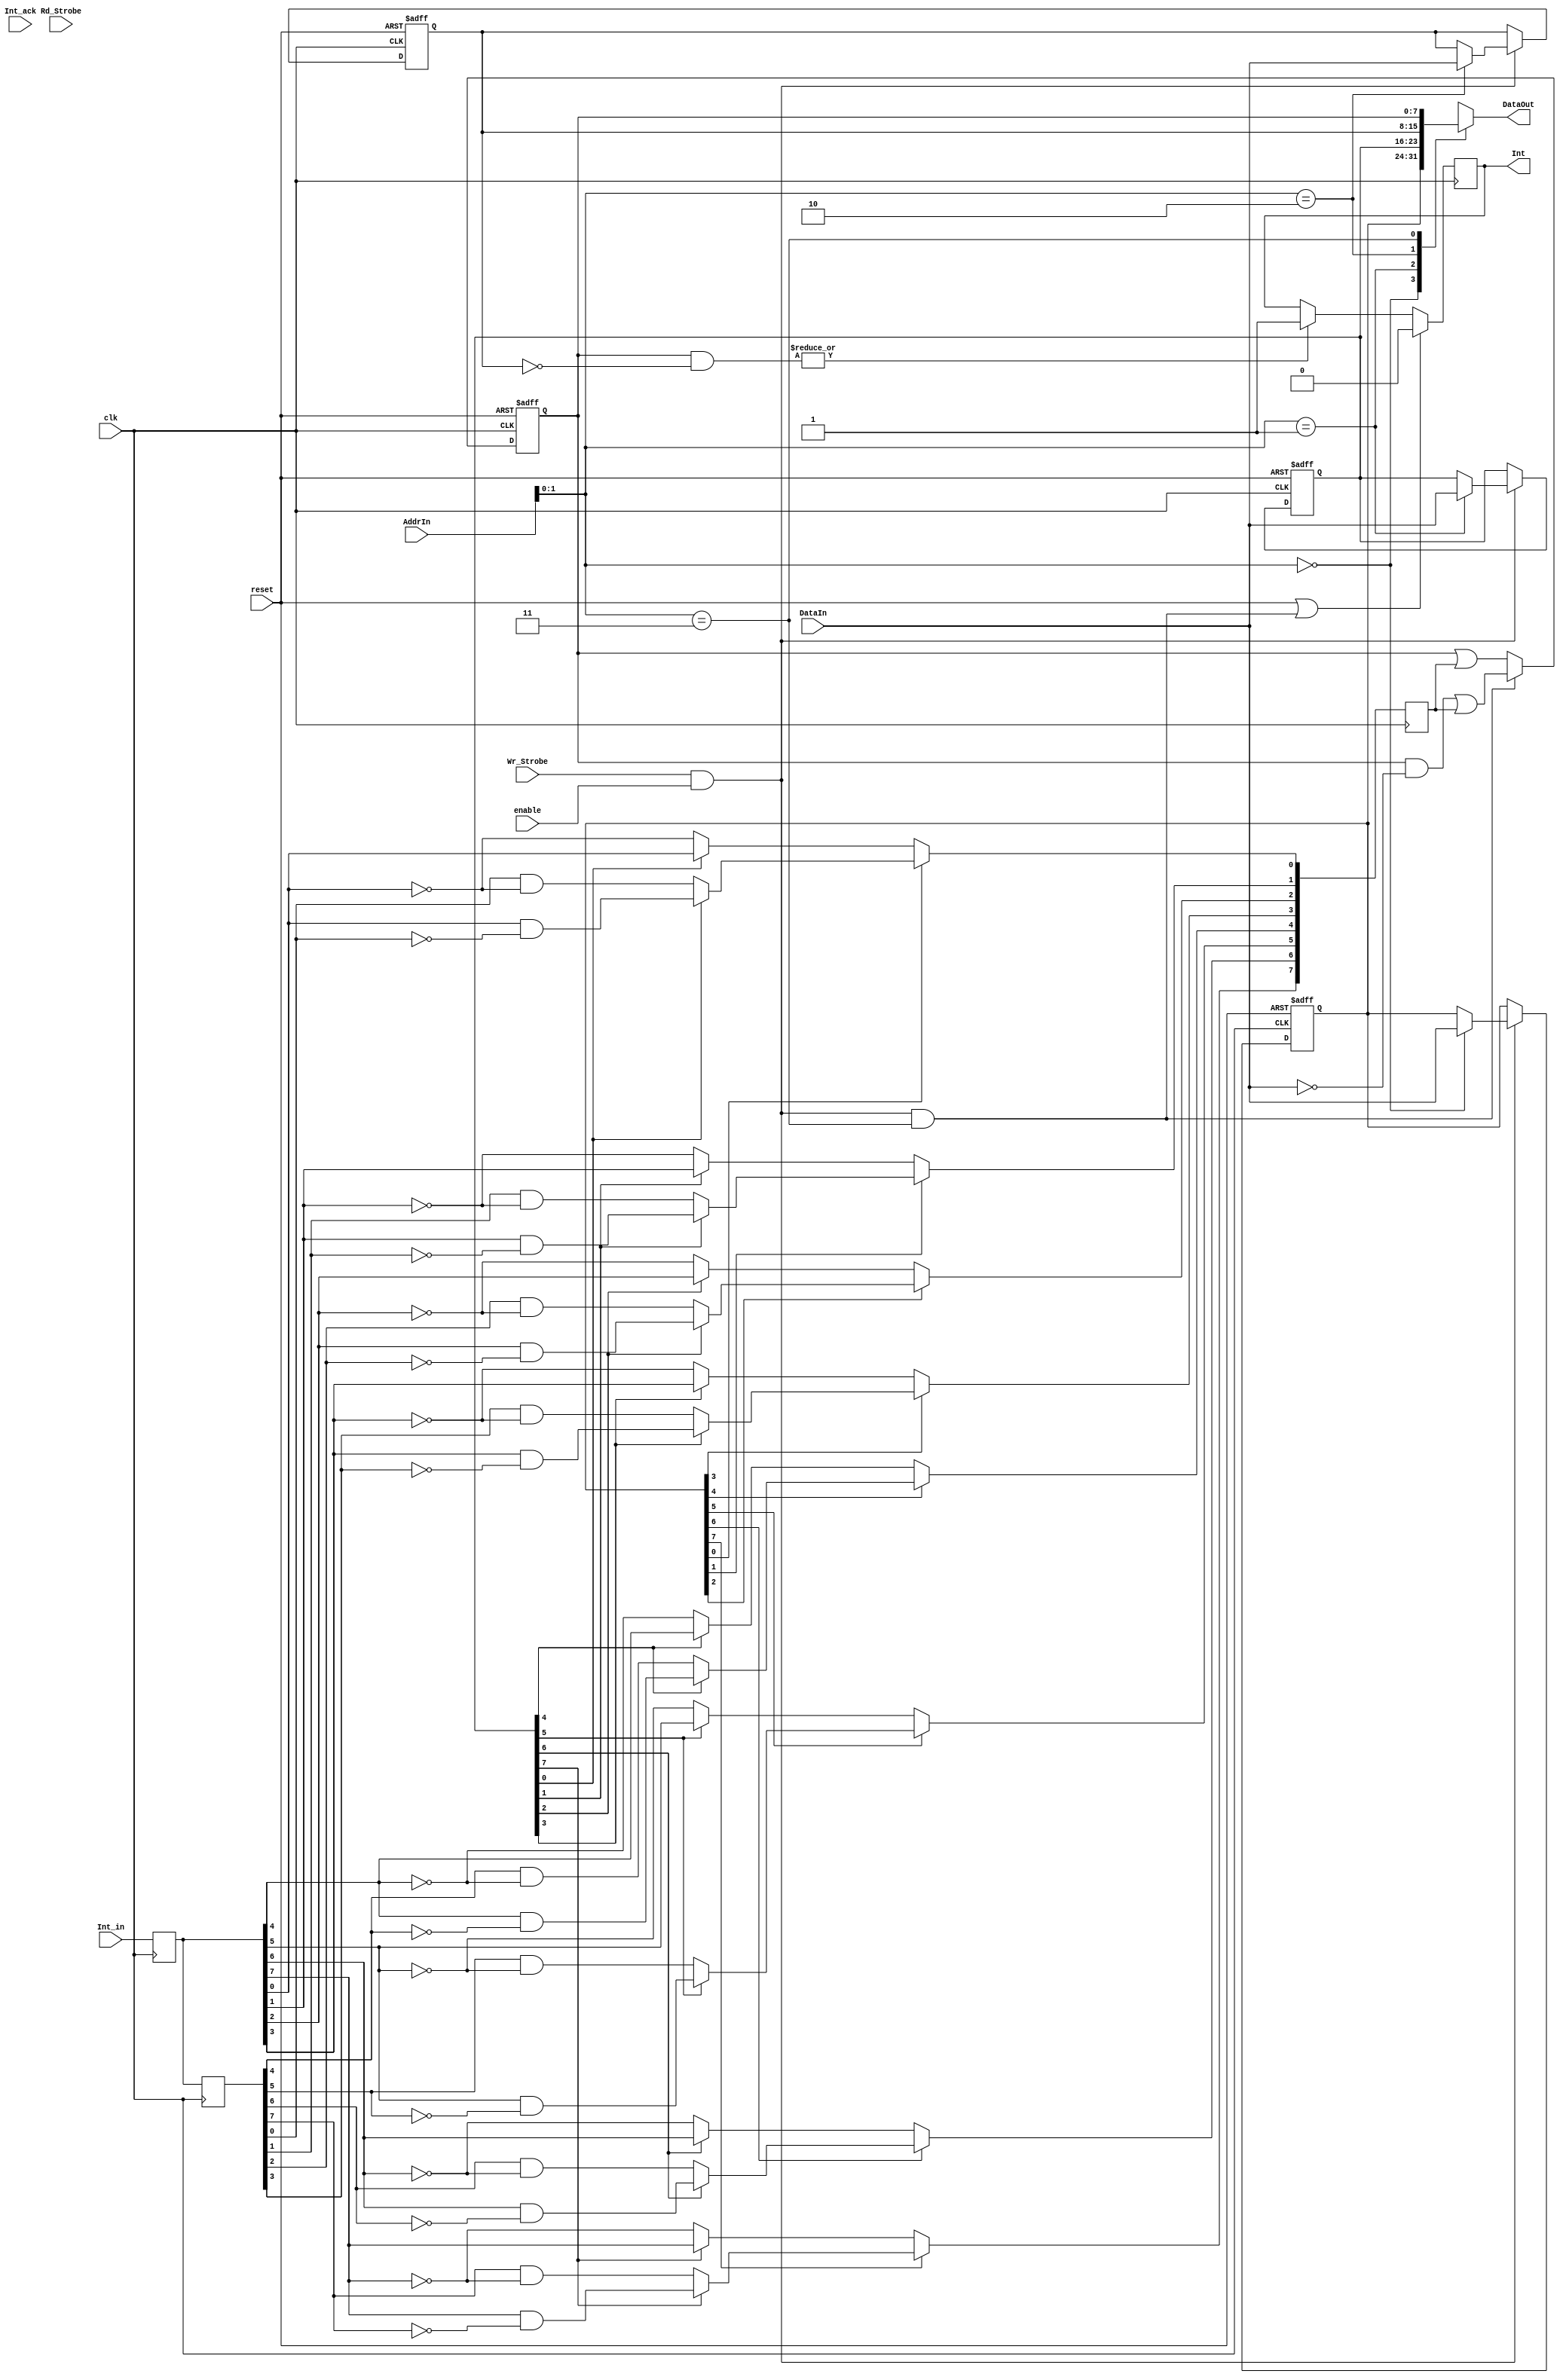
module pblaze_simple_pic (
	// interface to the picoblaze
	input 				Wr_Strobe,			// Write strobe - asserted to write I/O data
		 				Rd_Strobe,			// Read strobe - asserted to read I/O data
	input [7:0] 		AddrIn,				// I/O port address
	input [7:0] 		DataIn,				// Data to be written to I/O register
	output reg [7:0] 	DataOut,			// I/O register data to picoblaze
	
	input [7:0]			Int_in,				// Interrupt sources
    output				Int,				// Interrupt signal to Picoblaze
	input				Int_ack,			// Interrupt acknowledge from PicoBlaze

	input				enable,				// enables I/O range when set to 1
	input				reset,				// System reset
						clk					// 50Mhz clock signal
 );

 	// Number of interrupt sources
  	parameter is = 8;


  	//
  	//  Module body
  	//
  	reg  [is:1]	 	pol, edgen, pending, mask;	// register bank
  	reg  [is:1]		lirq, dirq;					// latched irqs, delayed latched irqs
  	reg				intff;						// interrupt flip flop
  	wire			clr_intff;					// clear interrupt flip flop
  	wire			write_en;					// write enable for this module
  	  	


	//
	// perform parameter checks
	//
	// synopsys translate_off
  	initial
  	begin
 	     if(is > 8)
	        $display("simple_pic: max. 8 interrupt sources supported.");
	  end
	// synopsys translate_on

  	//
  	// latch interrupt inputs
  	always @(posedge clk)
    	lirq <= #1 Int_in;

  	//
  	// generate delayed latched irqs
  	always @(posedge clk)
    	dirq <= #1 lirq;


  	//
  	// generate actual triggers
  	function trigger;
		input edgen, pol, lirq, dirq;

		reg   edge_irq, level_irq;
		begin
			edge_irq  = pol ? (lirq & ~dirq) : (dirq & ~lirq);
			level_irq = pol ? lirq : ~lirq;

			trigger = edgen ? edge_irq : level_irq;
		end
	endfunction

	reg  [is:1] irq_event;
	integer n;
	always @(posedge clk)
	for(n=1; n<=is; n=n+1)
		irq_event[n] <= #1 trigger(edgen[n], pol[n], lirq[n], dirq[n]);

	// Picoblaze bus interface
	//
	// respond to IO access only if address is within my address range
	assign write_en = Wr_Strobe & enable;

	// write registers
	always @(posedge clk or posedge reset) begin
		if (reset) begin
			edgen <= #1 {{is}{1'b0}};			// clear edge enable register
			pol   <= #1 {{is}{1'b0}};			// clear polarity register
			mask  <= #1 {{is}{1'b1}};			// mask all interrupts
		end
		else begin
			if(write_en) begin
				 case (AddrIn[1:0])
					// output registers
					2'b00 :	edgen <= DataIn;	// write edge enable register
					2'b01 :	pol <= DataIn;		// write polarity register
					2'b10 :	mask <= DataIn;		// write mask register
					2'b11 :	;					// pending register is a special case
				endcase
			end
		end
	end // always - write registers


    // pending register is a special case
    always @(posedge clk or posedge reset)
      if (reset)
          pending <= #1 {{is}{1'b0}};            // clear all pending interrupts
      else if ( write_en & (AddrIn[1:0] == 2'b11) )
          pending <= #1 (pending & ~DataIn[is-1:0]) | irq_event;
      else
          pending <= #1 pending | irq_event;

	// read registers - drives registered values for output ports
	always @* begin
			case (AddrIn[1:0])
				// Input registers
				2'b00 :	DataOut = #1 { {{8-is}{1'b0}}, edgen};
				2'b01 :	DataOut = #1 { {{8-is}{1'b0}}, pol};
				2'b10 :	DataOut = #1 { {{8-is}{1'b0}}, mask};	
				2'b11 :	DataOut = #1 { {{8-is}{1'b0}}, pending};
			endcase
	end // always - read registers


	// Interrupt flip-flop (based on PicoBlaze documentation)	
	assign Int = intff;
	assign clr_intff = reset | (write_en & (AddrIn[1:0] == 2'b11));

	always @(posedge clk) begin
		if (clr_intff)
			intff <= #1 1'b0;
		else if (|(pending & ~mask))
			intff <= #1 1'b1;
		else
			intff <= intff;
	end  // always  for interrupt flip-flop

endmodule